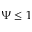
\Psi \leq 1